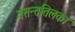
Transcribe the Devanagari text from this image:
वसन्ततिलका